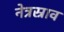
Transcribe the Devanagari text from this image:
नेत्रस्राव